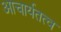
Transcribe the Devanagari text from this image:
आचार्यतत्व